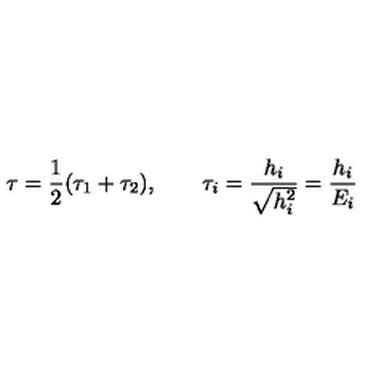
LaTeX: \tau = { \frac { 1 } { 2 } } ( \tau _ { 1 } + \tau _ { 2 } ) , \qquad \tau _ { i } = { \frac { h _ { i } } { \sqrt { h _ { i } ^ { 2 } } } } = { \frac { h _ { i } } { E _ { i } } }